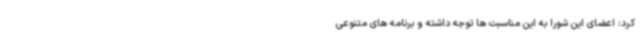
کرد: اعضای این شورا به این مناسبت ها توجه داشته و برنامه های متنوعی